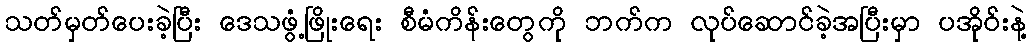
သတ်မှတ်ပေးခဲ့ပြီး ဒေသဖွံ့ဖြိုးရေး စီမံကိန်းတွေကို ဘက်က လုပ်ဆောင်ခဲ့အပြီးမှာ ပအိုဝ်းနဲ့